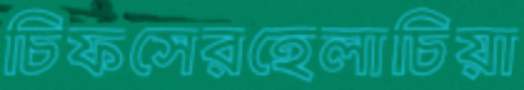
চিফসেরহেলাচিয়া